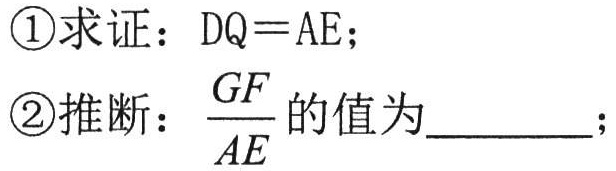
\textcircled{1}求证：\(DQ = AE\)；
\textcircled{2}推断：\(\dfrac{GF}{AE}\)的值为________；